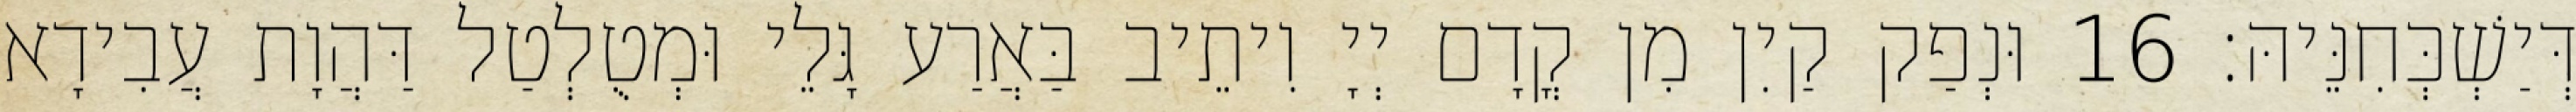
דְּיַשְׁכְּחִנֵּיהּ׃ 16 וּנְפַק קַיִן מִן קֳדָם יְיָ וִיתֵיב בַּאֲרַע גָּלֵי וּמְטֻלְטַל דַּהֲוָת עֲבִידָא